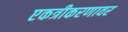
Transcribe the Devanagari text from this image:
एकत्रीकरणावर